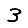
Digit: 3